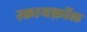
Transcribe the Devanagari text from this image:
स्कायफ़ॉल